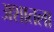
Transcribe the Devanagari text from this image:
अशातला